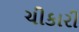
ચીકારી